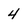
Character: 4